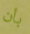
بأن